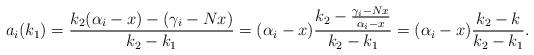
\begin{align*}a_i(k_1)=\frac{k_2(\alpha_i-x)-(\gamma_i-Nx)}{k_2-k_1}=(\alpha_i-x)\frac{k_2-\frac{\gamma_i-Nx}{\alpha_i-x}}{k_2-k_1}=(\alpha_i-x)\frac{k_2-k}{k_2-k_1}.\end{align*}